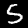
Label: 5